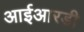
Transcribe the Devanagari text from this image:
आईआरडी